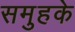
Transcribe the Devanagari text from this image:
समुहके